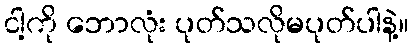
ငါ့ကို ဘောလုံး ပုတ်သလိုမပုတ်ပါနဲ့။